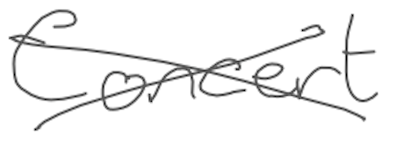
Text: Concert
Cross-out: cross
Writing tool: digital_gray